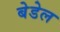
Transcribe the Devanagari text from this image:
बेडेल